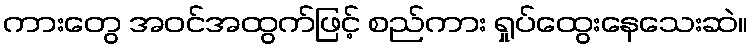
ကားတွေ အဝင်အထွက်ဖြင့် စည်ကား ရှုပ်ထွေးနေသေးဆဲ။